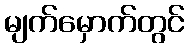
မျက်မှောက်တွင်